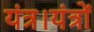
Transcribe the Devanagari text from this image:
यंत्र।यंत्रों